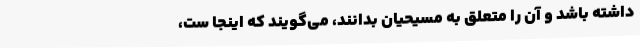
داشته باشد و آن را متعلق به مسیحیان بدانند، می‌گویند که اینجا ست،